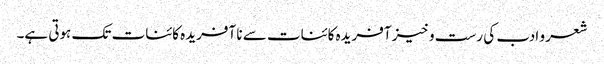
شعر و ادب کی رست و خیز آفریدہ کائنات سے نا آفریدہ کائنات تک ہوتی ہے۔